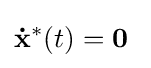
\mathbf {\dot {x}} ^{*}(t)=\mathbf {0} ~